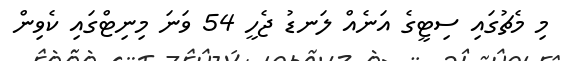
މި މެޗުގައި ސިޓީގެ އަނެއް ލަނޑު ޖެހީ 54 ވަނަ މިނިޓްގައި ކެވިން